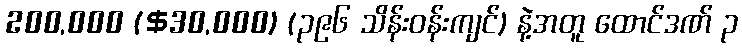
200,000 ($30,000) (၃၉၆ သိန်းဝန်းကျင်) နဲ့အတူ ထောင်ဒဏ် ၃